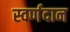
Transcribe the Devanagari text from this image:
स्वर्णदान